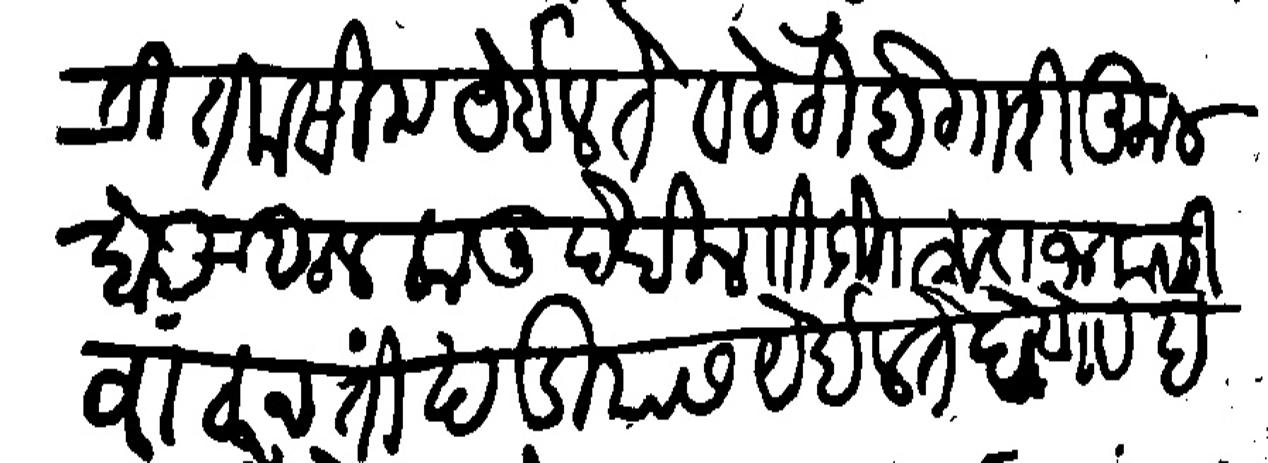
Transliteration (Devanagari): तकसीम येईल ते व वेठीबेगारी कुल बाब कुलकानू देखील विहीर हुडा थलावरी वाटून ती खंडीयास येईल ते देणे व इनामतीचे